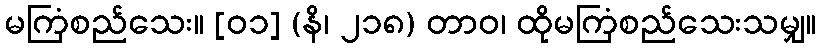
မကြံစည်သေး။ [၀၁] (နိ၊ ၂၁၈) တာဝ၊ ထိုမကြံစည်သေးသမျှ။